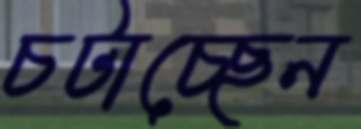
চটাচ্ছেন